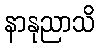
နာနုညာသိ